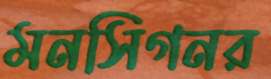
মনসিগনর